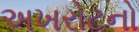
અખરોટનો